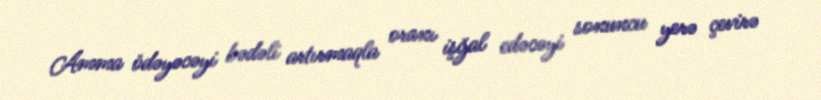
Amma ödəyəcəyi bədəli artırmaqla oranı işğal edəcəyi sonuncu yerə çevirə